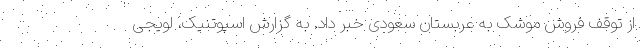
از توقف فروش موشک به عربستان سعودی خبر داد. به گزارش اسپوتنیک، لویجی